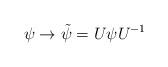
LaTeX: \begin{align*}\psi \rightarrow \tilde{\psi} = U \psi U^{-1}\end{align*}